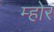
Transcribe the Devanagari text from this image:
म्होरं